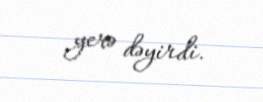
yerə dəyirdi.